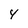
Character: 4